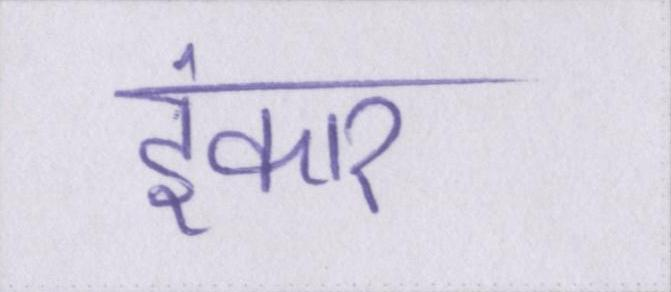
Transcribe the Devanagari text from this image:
इंकार